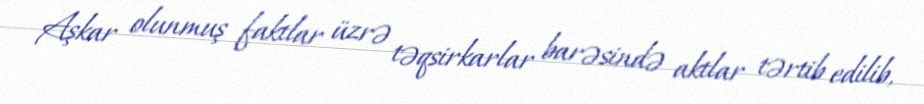
Aşkar olunmuş faktlar üzrə təqsirkarlar barəsində aktlar tərtib edilib,